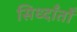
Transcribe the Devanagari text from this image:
सिध्दाँतोँ